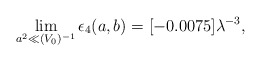
\begin{align*}\lim_{a^2 \ll (V_0)^{-1}}\epsilon_4(a,b)=[-0.0075]\lambda^{-3},\end{align*}